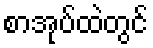
စာအုပ်ထဲတွင်